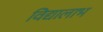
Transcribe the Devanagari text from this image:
विद्यालाभ